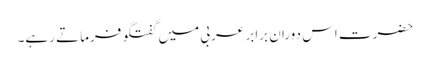
حضرت اس دوران برابر عربی میں گفتگو فرماتے رہے۔